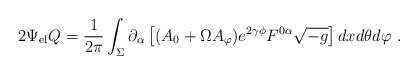
\begin{align*}2 \Psi_{\rm el} Q =\frac{1}{2\pi} \int_\Sigma \partial_\alpha \left[ ( A_0 + \Omega A_\varphi ) e^{2 \gamma \phi} F^{0\alpha} \sqrt{-g} \right] dx d\theta d\varphi\ . \end{align*}